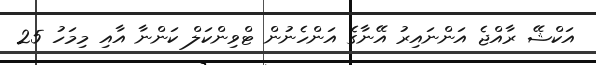
އަކްޝޭ ރާއްޖެ އަންނައިރު އޭނާގެ އަންހެނުން ޓްވިންކަލް ކަންނާ އާއި މިމަހު 25